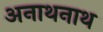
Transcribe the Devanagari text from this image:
अनाथनाथ